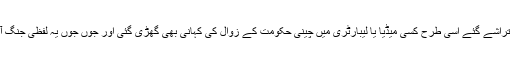
لگتا ہے جس طرح چینی لیبارٹریوں میں وائرس کی تخلیق کے فسانے تراشے گئے اِسی طرح کسی میڈیا یا لیبارٹری میں چینی حکومت کے زوال کی کہانی بھی گھڑی گئی اور جوں جوں یہ لفظی جنگ آگے بڑھے گی بڑی تعداد میں ایسی کہانیاں بھی تراشی جاتی رہیں گی۔